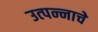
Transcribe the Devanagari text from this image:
उत्‍पन्‍नाचे